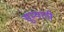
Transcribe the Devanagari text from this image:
सूम्‍यानी